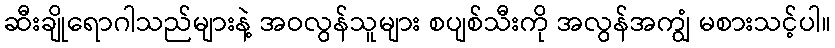
ဆီးချိုရောဂါသည်များနဲ့ အဝလွန်သူများ စပျစ်သီးကို အလွန်အကျွံ မစားသင့်ပါ။